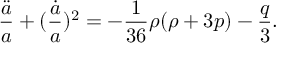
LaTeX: \frac { \ddot { a } } { a } + ( \frac { \dot { a } } { a } ) ^ { 2 } = - \frac { 1 } { 3 6 } \rho ( \rho + 3 p ) - \frac { q } { 3 } .